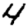
Digit: 4